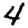
Digit: 4